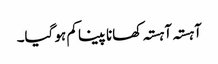
آہستہ آہستہ کھانا پینا کم ہو گیا۔